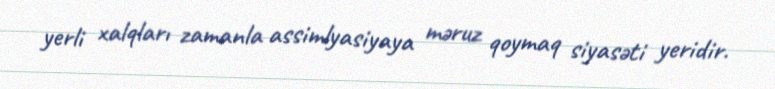
yerli xalqları zamanla assimlyasiyaya məruz qoymaq siyasəti yeridir.